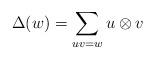
LaTeX: \begin{align*}\Delta(w) = \sum_{uv=w}u\otimes v\end{align*}